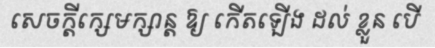
សេចក្តីក្សេមក្សាន្ត ឱ្យ កើតឡើង ដល់ ខ្លួន បើ